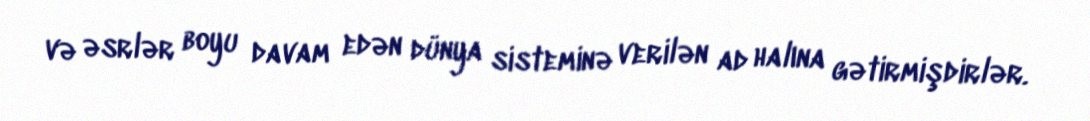
və əsrlər boyu davam edən dünya sisteminə verilən ad halına gətirmişdirlər.